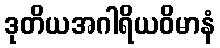
ဒုတိယအဂါရိယဝိမာနံ